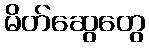
မိတ်ဆွေတွေ